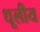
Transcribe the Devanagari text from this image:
धूलीय